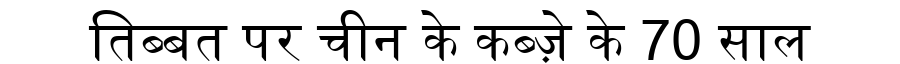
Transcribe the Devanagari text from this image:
तिब्बत पर चीन के कब्ज़े के 70 साल